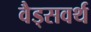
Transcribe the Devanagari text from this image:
वैड्सवर्थ